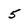
Character: 5